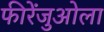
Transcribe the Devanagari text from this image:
फीरेंजुओला